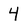
Character: 4